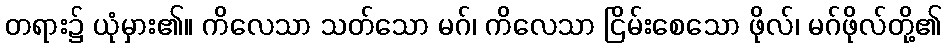
တရား၌ ယုံမှား၏။ ကိလေသာ သတ်သော မဂ်၊ ကိလေသာ ငြိမ်းစေသော ဖိုလ်၊ မဂ်ဖိုလ်တို့၏